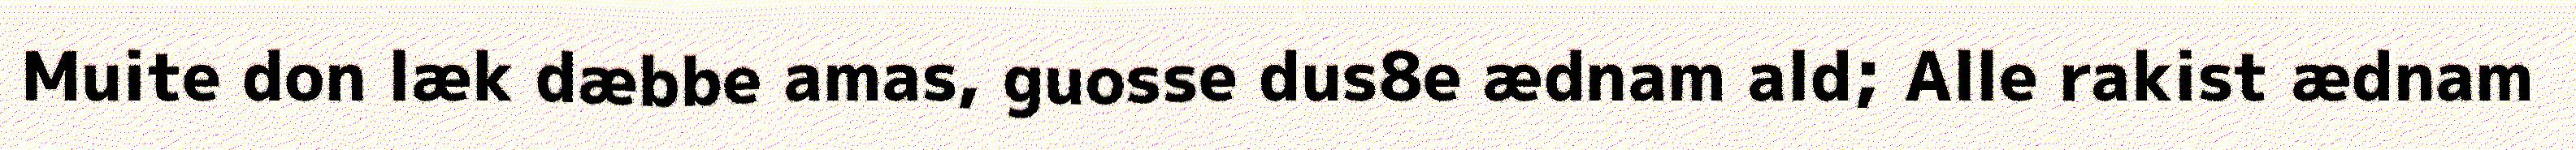
Muite don læk dæbbe amas, guosse dus8e ædnam ald; Alle rakist ædnam